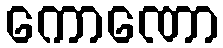
ကောဏော